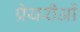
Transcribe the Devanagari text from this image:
प्रेयरीओं